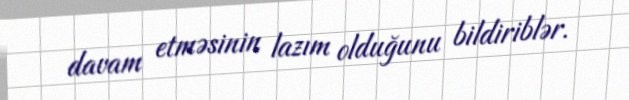
davam etməsinin lazım olduğunu bildiriblər.